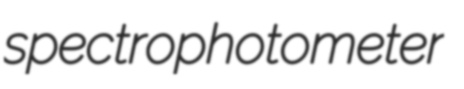
spectrophotometer